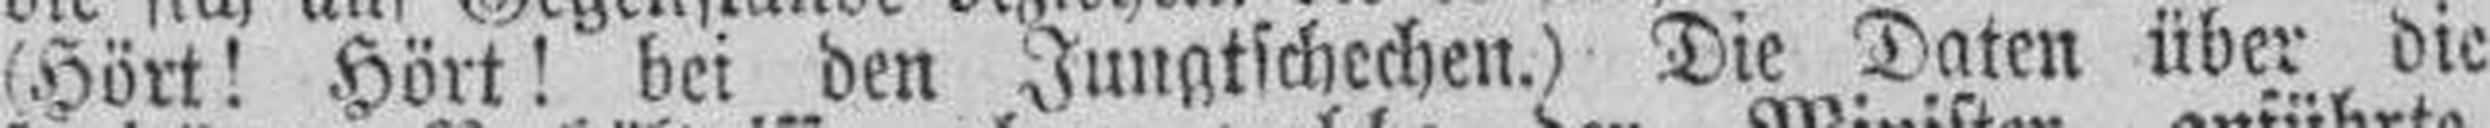
(Hört! Hört! bei den Jungtschechen.) Die Daten über die